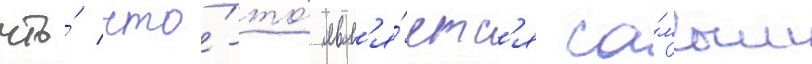
что́ что́-то́ явл'я́етс'я са́мым